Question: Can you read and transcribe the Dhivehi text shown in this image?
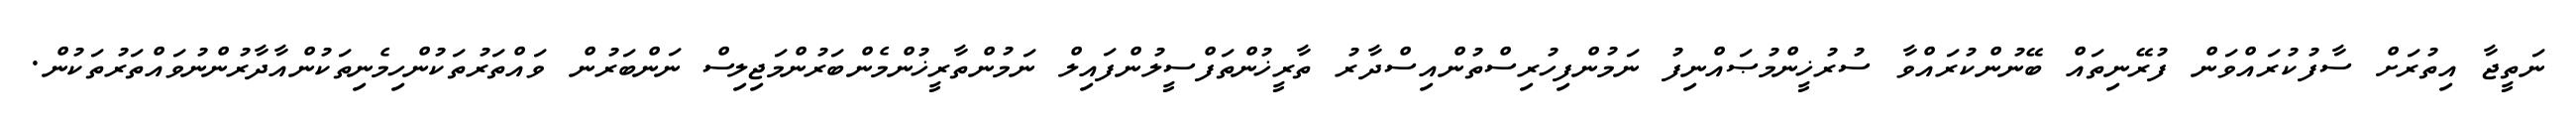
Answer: ނަތީޖާ އިތުރަށް ސާފުކުރައްވަން ފުރޭނިތައް ބޭނުންކުރައްވާ ސުރުޚީންމުޞައްނިފު ނަމުންފިހުރިސްތުންއިސްދާރު ތާރީޚުންތަފްސީލުންފައިލް ނަމުންތާރީޚުންމެންބަރުންމަޖިލިސް ނަންބަރުން ވައްތަރުތަކުންހިމެނިތަކުންއާދާރުންނުވައްތަރުތަކުން.